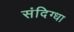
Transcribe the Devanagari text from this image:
संदिग्धा